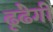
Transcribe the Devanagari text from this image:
ढूंढेगी